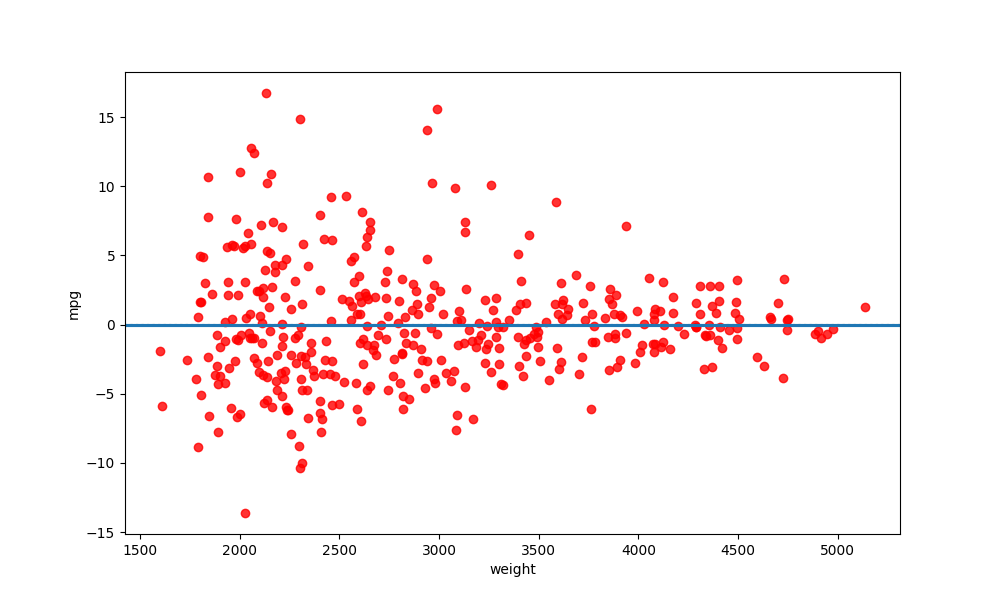
python, seaborn, residplot, lowess=True, scatter_color=red